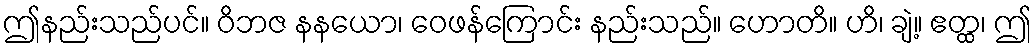
ဤနည်းသည်ပင်။ ဝိဘဇ နနယော၊ ဝေဖန်ကြောင်း နည်းသည်။ ဟောတိ။ ဟိ၊ ချဲ့။ ဧတ္ထ၊ ဤ